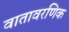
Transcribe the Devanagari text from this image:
वातावरणिक